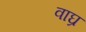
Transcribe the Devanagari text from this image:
वाघ्र